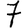
Digit: 7